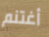
أغتنم